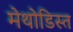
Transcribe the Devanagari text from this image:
मेथोडिस्त